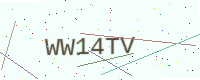
Text: WW14TV